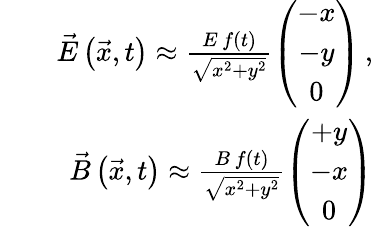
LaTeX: \begin{array}{rlr}&{}&{\vec{E}\left(\vec{x},t\right)\approx\frac{E\, f(t)}{\sqrt{x^{2}+y^{2}}}\left(\begin{array}{c}{-x}\\ {-y}\\ {0}\end{array}\right)\, ,}\\ &{}&{\vec{B}\left(\vec{x},t\right)\approx\frac{B\, f(t)}{\sqrt{x^{2}+y^{2}}}\left(\begin{array}{c}{+y}\\ {-x}\\ {0}\end{array}\right)}\end{array}